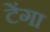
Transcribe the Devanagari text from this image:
टेंगा